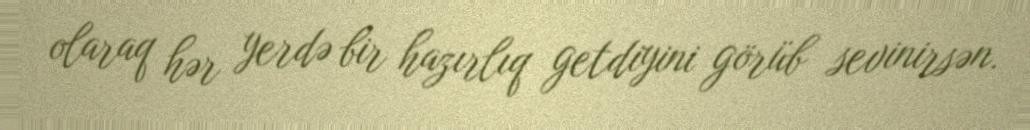
olaraq hər yerdə bir hazırlıq getdiyini görüb sevinirsən.